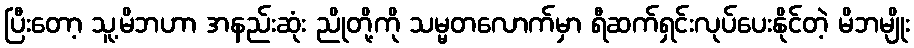
ပြီးတော့ သူ့မိဘဟာ အနည်းဆုံး ညိုတို့ကို သမ္မတလောက်မှာ ရီဆက်ရှင်းလုပ်ပေးနိုင်တဲ့ မိဘမျိုး